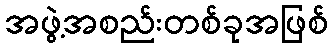
အဖွဲ့အစည်းတစ်ခုအဖြစ်